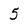
Character: 5